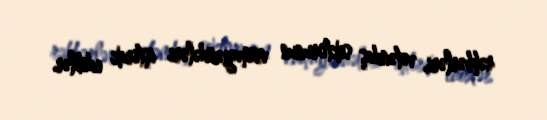
rəhbərləri, vətəndaş sektorunun nümayəndələri iştirak ediblər.